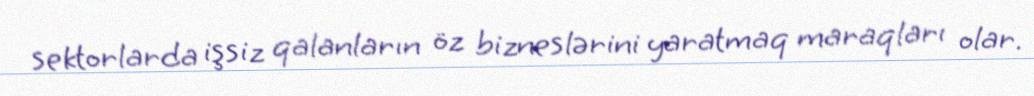
sektorlarda işsiz qalanların öz bizneslərini yaratmaq maraqları olar.